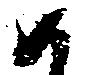
如